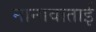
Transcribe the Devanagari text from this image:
नानावाताई